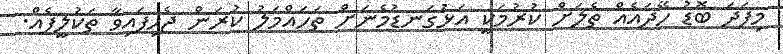
މިފަދަ ބޮޑު ހޭދައެއް ތެލަށް ކުރުމަކީ އަޅުގަނޑުމެނަށް ތަހައްމަލު ކުރަން ޖެހިފައިވާ ތަކުލީފެއް.